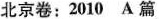
北京卷:2010 A 篇